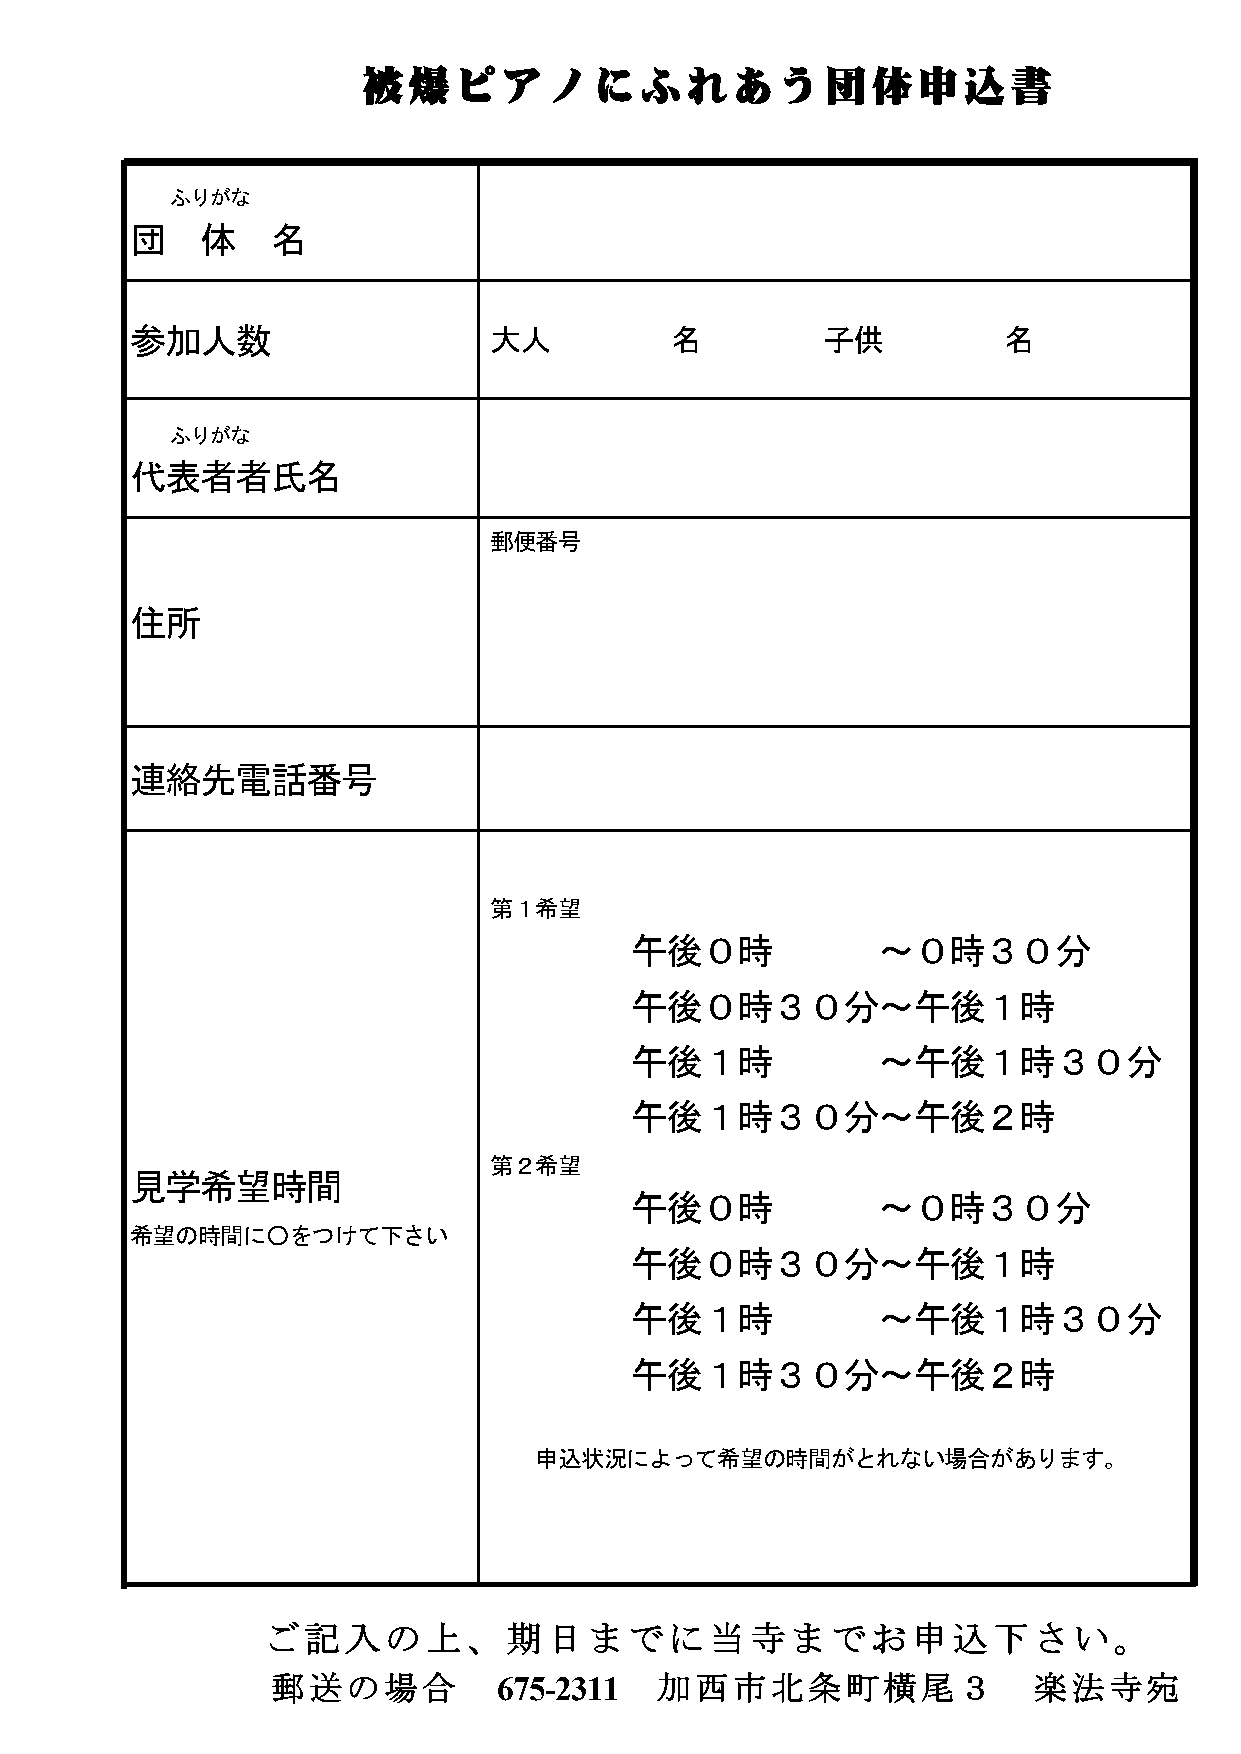
被爆ピアノにふれあう団体申込書
 ふりがな
 団   体    名
 参加人数                   大人          名         子供          名
 ふりがな
 代表者者氏名
 郵便番号
 住所
 連絡先電話番号
 第１希望
 午後０時            ～０時３０分
 午後０時３０分～午後１時
 午後１時            ～午後１時３０分
 午後１時３０分～午後２時
 第２希望
 見学希望時間
 午後０時            ～０時３０分
 希望の時間に○をつけて下さい
 午後０時３０分～午後１時
 午後１時            ～午後１時３０分
 午後１時３０分～午後２時
 申込状況によって希望の時間がとれない場合があります。
 ご記入の上、期日までに当寺までお申込下さい。
 郵送の場合          675-2311  加西市北条町橫尾３                楽法寺宛